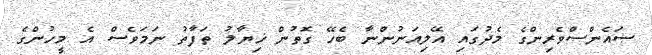
ސައެންސްވެރިންގެ މެދުގައި އޭލިއަނުންނާ ބެހޭ ގޮތުން ޚިޔާލު ތަފާތު ނަމަވެސް އެ މީހުންގެ